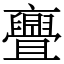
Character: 亹